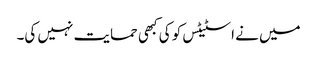
میں نے اسٹیٹس کو کی کبھی حمایت نہیں کی۔